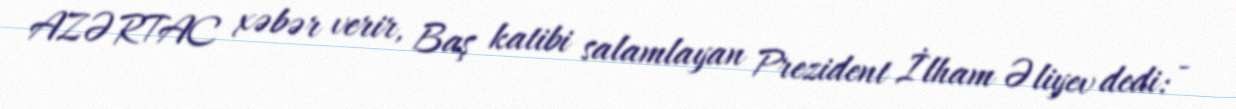
AZƏRTAC xəbər verir, Baş katibi salamlayan Prezident İlham Əliyev dedi: -